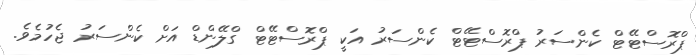
ޕްރޮސްޓޭޓް ކެންސަރު ޕްރޮސްޓޭޓް ކެންސަރު އަކީ ޕްރޮސްޓޭޓް ގްލޭންޑް އަށް ކެންސަރު ޖެހުމެވެ.